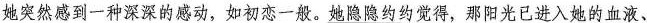
她突然感到一种深深的感动，如初恋一般。\underline{她隐隐约约觉得，那阳光已进入她的血液、}